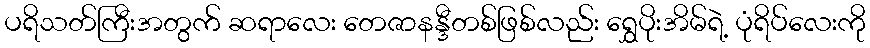
ပရိသတ်ကြီးအတွက် ဆရာလေး တေဇာနန္ဒီတစ်ဖြစ်လည်း ရွှေပိုးအိမ်ရဲ့ ပုံရိပ်လေးကို